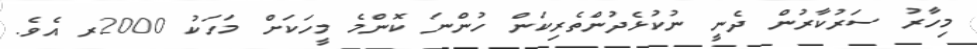
މިހާރު ސަރުކާރުން ދެނީ ނުކުޅެދުންތެރިކަން ހުންނަ ކޮންމެ މީހަކަށް މަހަކު 2000ރ އެވެ.